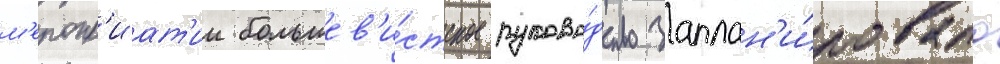
м'еропр'иат'ии большев'и́стское руково́дство заплан'и́ровало